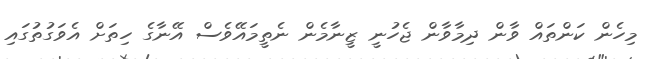
މިހެން ކަންތައް ވާން ދިމާވާން ޖެހުނީ ޒީނާމެން ނެތީމައޭވެސް އޭނާގެ ހިތަށް އެވަގުތުގައި